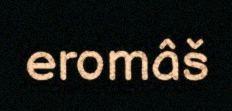
eromâš